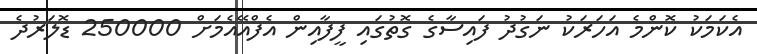
އެކަމަކު ކޮންމެ އަހަރަކު ނަގުދު ފައިސާގެ ގޮތުގައި ފީފާއިން އެފްއޭއެމަށް 250000 ޑޮލަރުދެ